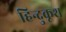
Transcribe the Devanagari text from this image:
हिन्दुकूश